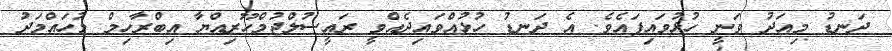
ދަނޑު މިއަދު ވަނީ ހުޅުވައިފައެވެ. އެ ދަނޑު ހުޅުއްވައިދެއްވީ ރައީސުލްޖުމްހޫރިއްޔާ އިބްރާހިމް މުހައްމަދު